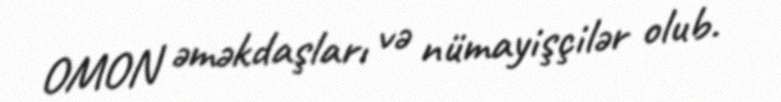
OMON əməkdaşları və nümayişçilər olub.